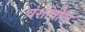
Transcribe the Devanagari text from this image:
वंशांतील